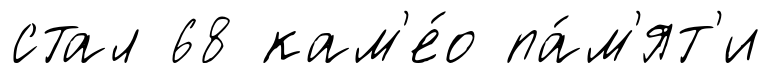
стал 68 кам'е́о па́м'ят'и